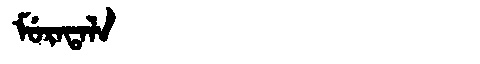
Manchu: ᠮᡠᡵᠠᡨᠠᠯᠠ
Romanization: MURATALA